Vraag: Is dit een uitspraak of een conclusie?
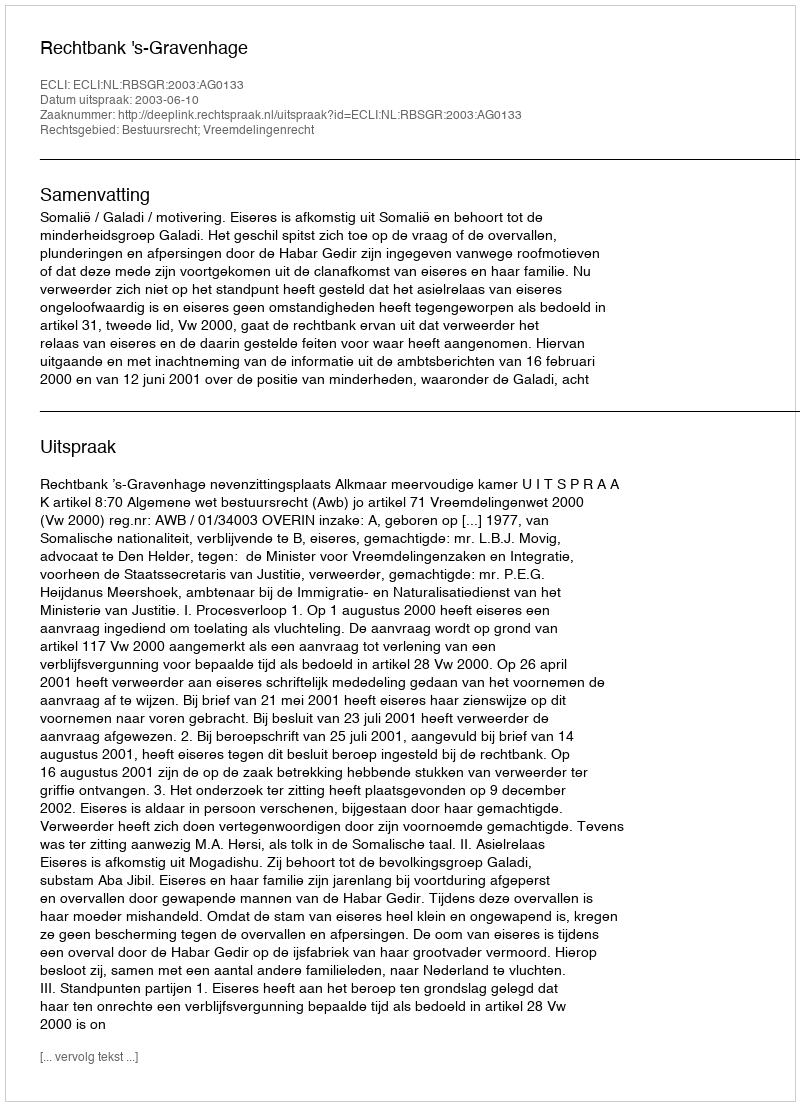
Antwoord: Uitspraak